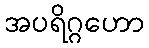
အပရိဂ္ဂဟော